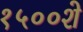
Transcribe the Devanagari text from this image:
१५००शे